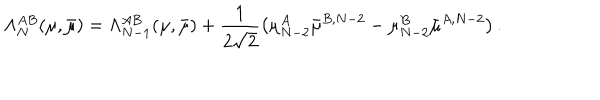
\Lambda _ { N } ^ { A B } ( \mu , \bar { \mu } ) = \Lambda _ { N - 1 } ^ { A B } ( \mu , \bar { \mu } ) + \frac { 1 } { 2 \sqrt { 2 } } \left( \mu _ { N - 2 } ^ { A } \bar { \mu } ^ { B , N - 2 } - \mu _ { N - 2 } ^ { B } \bar { \mu } ^ { A , N - 2 } \right) .